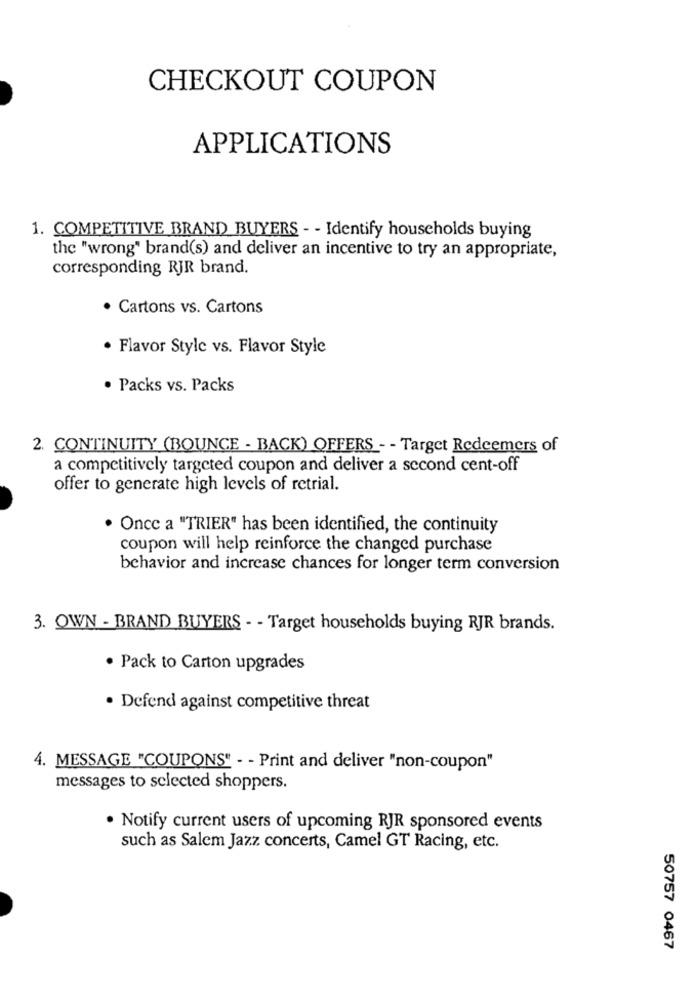
CHECKOUT COUPON
APPLICATIONS
1. COMPETITIVE BRAND BUYERS - - Identify households buying
the "wrong" brand(s) and deliver an incentive to try an appropriate,
corresponding RJR brand.
· Cartons vs. Cartons
· Flavor Style vs. Flavor Style
· Packs vs. Packs
2. CONTINUITY (BOUNCE - BACK) OFFERS - - Target Redeemers of
a competitively targeted coupon and deliver a second cent-off
offer to generate high levels of retrial.
. Once a "TRIER" has been identified, the continuity
coupon will help reinforce the changed purchase
behavior and increase chances for longer term conversion
3. OWN - BRAND BUYERS - - Target households buying RJR brands.
· Pack to Carton upgrades
· Defend against competitive threat
4. MESSAGE "COUPONS" - - Print and deliver "non-coupon"
messages to selected shoppers.
. Notify current users of upcoming RJR sponsored events
such as Salem Jazz concerts, Camel GT Racing, etc.
50757 0467